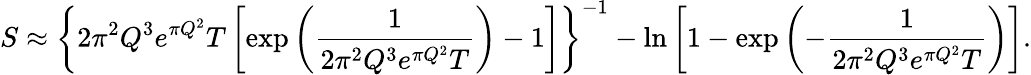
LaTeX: S\approx\left\{ 2\pi^{2}Q^{3}e^{\pi Q^{2}}T\left[\exp{\left({\frac{1}{2\pi^{2}Q^{3}e^{\pi Q^{2}}T}}\right)}-1\right]\right\} ^{-1}-\ln{\left[1-\exp{\left(-{\frac{1}{2\pi^{2}Q^{3}e^{\pi Q^{2}}T}}\right)}\right]}.